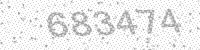
Solution: 683474